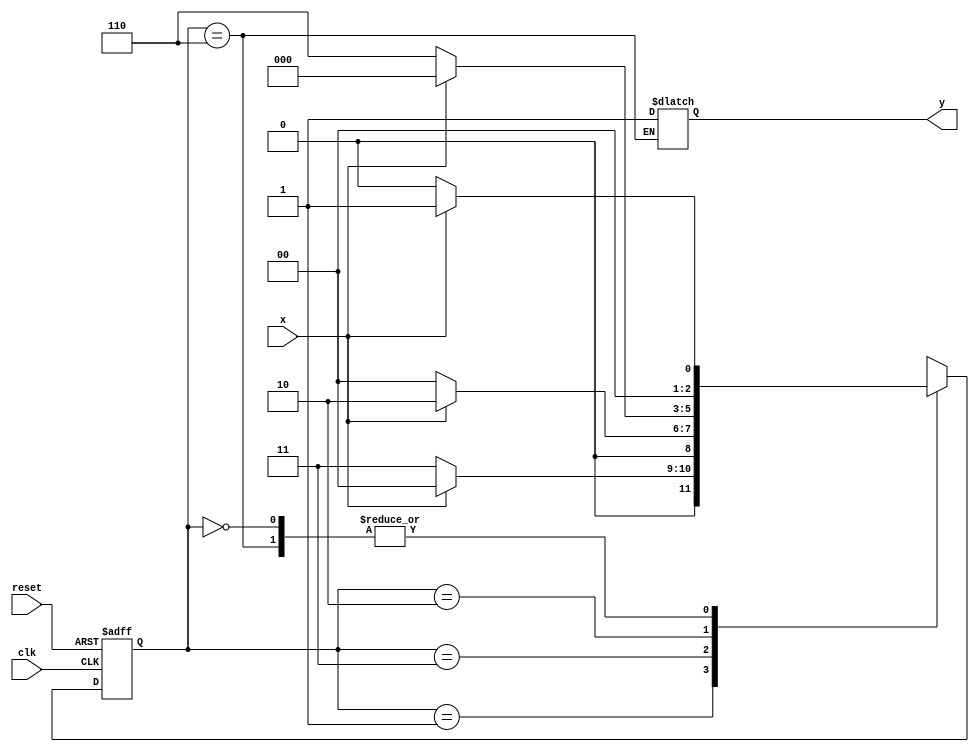
//NOME: TIAGO MATTA MACHADO ZAIDAN
// --------------
// --- Moore FSM
// --------------
// constant definition
`define found 1
`define notfound 0
// FSM by Moore
module moore1010 ( y, x, clk, reset );
output y;
input x;
input clk;
input reset;
reg y;
parameter // state identifiers
start = 3'b000,
id1 = 3'b001,
id11 = 3'b011,
id110 = 3'b010,
id1101 = 3'b110; // signal found
reg [2:0] E1; // current state variables
reg [2:0] E2; // next state logic output
// next state logic
always @( x or E1 )
begin
case( E1 )
start:
if ( x )
E2 = id1;
else
E2 = start;
id1:
if ( x )
E2 = start;
else
E2 = id11;
id11:
if ( x )
E2 = id110;
else
E2 = start;
id110:
if ( x )
E2 = start;
else
E2 = id1101;
id1101:
if ( x )
begin
E2 = id1;
y = `found;
end
else
begin
E2 = start;
y = `found;
end
default: // undefined statee
E2 = 3'bxxx;
endcase
end // always at signal or state changing
// state variables
always @( posedge clk or negedge reset )
begin
if ( reset )
E1 = E2; // updates current state
else
E1 = 0; // reset
end // always at signal changing
// output logic
always @( E1 )
begin
y = E1[2]; // first bit of state value (MOORE indicator)
end // always at state changing
endmodule // moore1010
module teste;
reg clk, reset, x;
wire m1, m2;
moore1010 moore1 ( m1, x, clk, reset );
initial
begin
$display ( "Time X Moore" );
// initial values
clk = 1;
reset = 0;
x = 0;
// input signal changing
#5 reset = 1;
#10 x = 1;
#10 x = 0;
#10 x = 1;
#10 x = 0;
#10 x = 0;
#10 x = 0;
#10 x = 0;
#10 x = 1;
#40 $finish;
end // initial
always
#5 clk = ~clk;
always @( posedge clk )
begin
$display ( "%4d %4b %4b", $time, x, m1 );
end // always at positive edge clocking changing
endmodule // teste